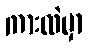
ကားထဲမှာ